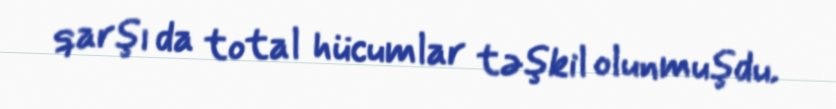
qarşı da total hücumlar təşkil olunmuşdu.